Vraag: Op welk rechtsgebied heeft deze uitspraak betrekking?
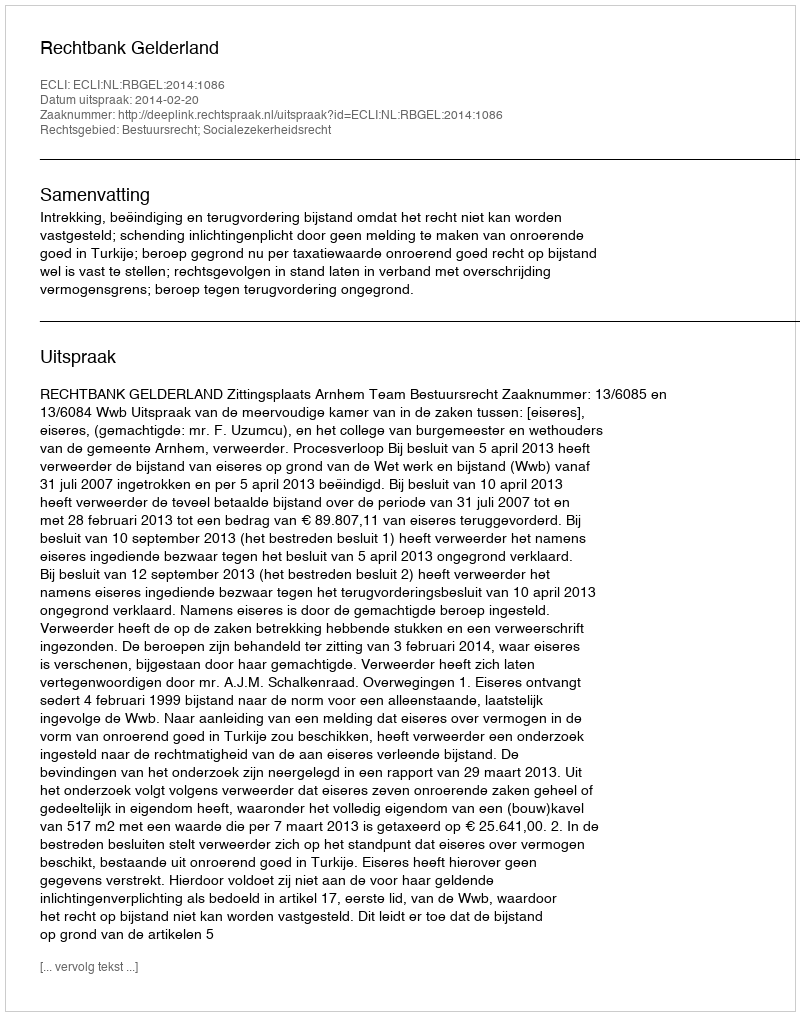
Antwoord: Bestuursrecht; Socialezekerheidsrecht